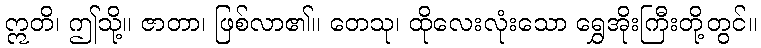
ဣတိ၊ ဤသို့။ ဇာတာ၊ ဖြစ်လာ၏။ တေသု၊ ထိုလေးလုံးသော ရွှေအိုးကြီးတို့တွင်။